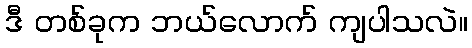
ဒီ တစ်ခုက ဘယ်လောက် ကျပါသလဲ။